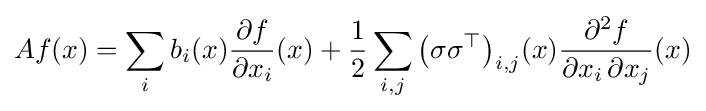
Af(x)=\sum _{i}b_{i}(x){\frac {\partial f}{\partial x_{i}}}(x)+{\frac {1}{2}}\sum _{i,j}{\big (}\sigma \sigma ^{\top }{\big )}_{i,j}(x){\frac {\partial ^{2}f}{\partial x_{i}\,\partial x_{j}}}(x)